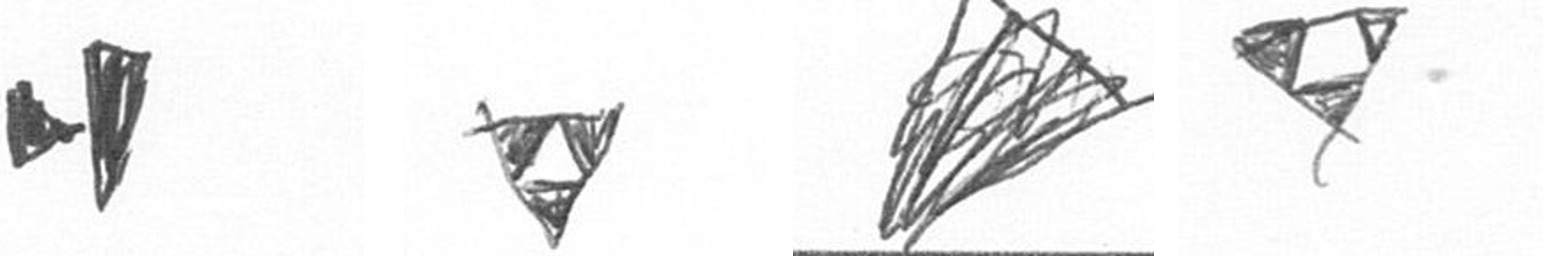
M S O S